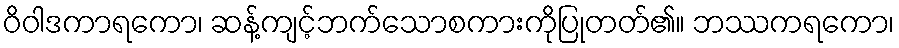
ဝိဝါဒကာရကော၊ ဆန့်ကျင့်ဘက်သောစကားကိုပြုတတ်၏။ ဘဿကရကော၊